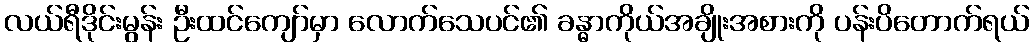
လယ်ရီဒိုင်းမွန်း ဦးထင်ကျော်မှာ လောက်သေပင်၏ ခန္ဓာကိုယ်အချိုးအစားကို ပန်းပိတောက်ရယ်